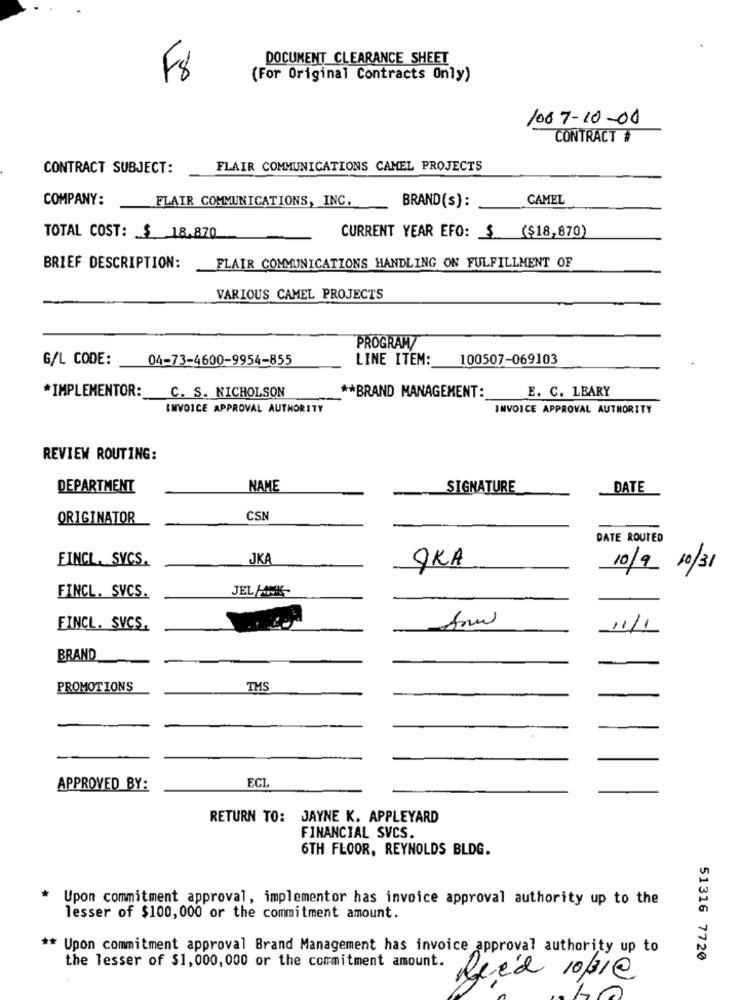
DOCUMENT CLEARANCE SHEET
F8
(For Original Contracts Only)
1007-10-00
CONTRACT #
CONTRACT SUBJECT:
FLAIR COMMUNICATIONS CAMEL PROJECTS
COMPANY:
FLAIR COMMUNICATIONS, INC.
CAMEL
BRAND(s) :
TOTAL COST: $ 18.870
CURRENT YEAR EFO: $ ($18,870)
BRIEF DESCRIPTION:
FLAIR COMMUNICATIONS HANDLING ON FULFILLMENT OF
VARIOUS CAMEL PROJECTS
PROGRAM
G/L CODE:
04-73-4600-9954-855
LINE ITEM:
100507-069103
C. S. NICHOLSON
E. C. LEARY
*IMPLEMENTOR:
** BRAND MANAGEMENT:
INVOICE APPROVAL AUTHORITY
INVOICE APPROVAL AUTHORITY
REVIEW ROUTING:
DEPARTMENT
NAME
SIGNATURE
DATE
ORIGINATOR
CSN
DATE ROUTED
FINCL. SVCS.
JKA
9KA
10/9 10/31
FINCL. SVCS.
JEL HOWNIK
Anw
FINCL. SVCS.
11/1
BRAND
-
PROMOTIONS
TMS
ECI
APPROVED BY:
RETURN TO: JAYNE K. APPLEYARD
FINANCIAL SVCS
6TH FLOOR, REYNOLDS BLDG.
*
Upon commitment approval, implementor has invoice approval authority up to the
lesser of $100,000 or the commitment amount.
** Upon commitment approval Brand Management has invoice approval authority up to
51316 7720
the lesser of $1,000, 000 or the commitment amount.
Reed 1031@